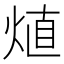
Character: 𤊧